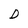
Character: D